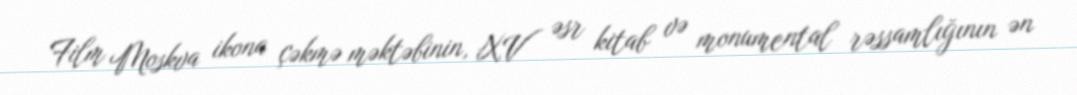
Film Moskva ikona çəkmə məktəbinin, XV əsr kitab və monumental rəssamlığının ən